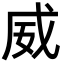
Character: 威